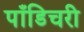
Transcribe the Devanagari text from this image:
पाँडिचरी